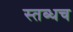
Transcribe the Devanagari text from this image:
स्तब्धच